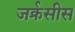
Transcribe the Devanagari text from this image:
जर्क्रसीस